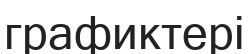
графиктері